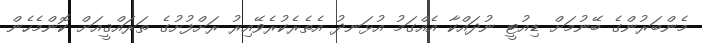
މެންބަރުންގެ ބޭނުމަށް ޑިއުޓީ ނުދައްކާ އެއްގަމު އުޅަނދު އެތެރެކުރެވޭއިރު ރަށްފުށުގެ ތަރައްޤީއަށް ކޮންމެހެން